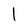
Character: 1